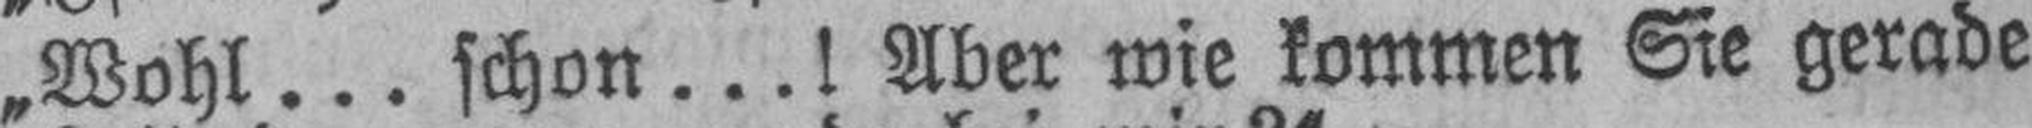
„Wohl ... schon ...! Aber wie kommen Sie gerade